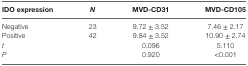
<table><thead><tr><td><b>IDO expression</b></td><td><b><i>N</i></b></td><td><b>MVD-CD31</b></td><td><b>MVD-CD105</b></td></tr></thead><tbody><tr><td>Negative</td><td>23</td><td>9.72 ± 3.52</td><td>7.46 ± 2.17</td></tr><tr><td>Positive</td><td>42</td><td>9.84 ± 3.52</td><td>10.90 ± 2.74</td></tr><tr><td><i>t</i></td><td></td><td>0.096</td><td>5.110</td></tr><tr><td><i>P</i></td><td></td><td>0.920</td><td>&lt;0.001</td></tr></tbody></table>